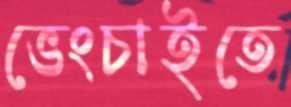
ভেংচাইতে